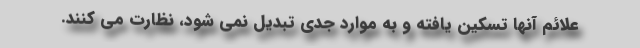
علائم آنها تسکین یافته و به موارد جدی تبدیل نمی شود، نظارت می کنند.